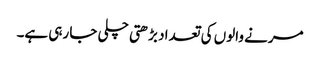
مرنے والوں کی تعداد بڑھتی چلی جا رہی ہے۔